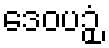
ဒေဝပဉှံ